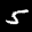
Label: 5